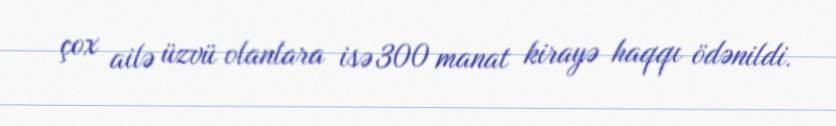
çox ailə üzvü olanlara isə 300 manat kirayə haqqı ödənildi.